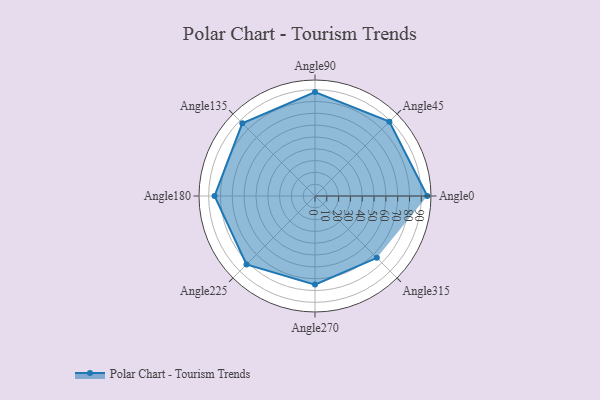
{"axis": {"x": "Angle", "y": "Radius"}, "legend": [""], "data": [{"x": "Angle0", "y": 95.0, "type": ""}, {"x": "Angle45", "y": 89.0, "type": ""}, {"x": "Angle90", "y": 88.0, "type": ""}, {"x": "Angle135", "y": 87.0, "type": ""}, {"x": "Angle180", "y": 85.0, "type": ""}, {"x": "Angle225", "y": 82.0, "type": ""}, {"x": "Angle270", "y": 75.0, "type": ""}, {"x": "Angle315", "y": 74.0, "type": ""}]}